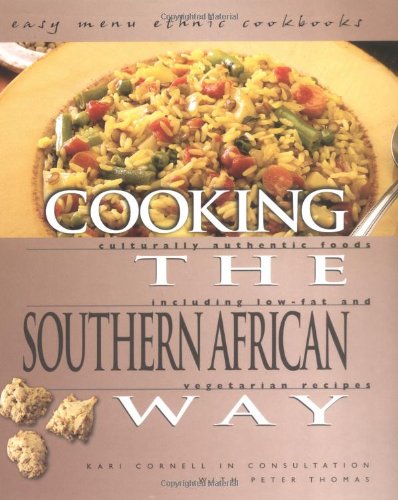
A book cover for Cooking the Southern African Way: Culturally Authentic Foods Including Low-Fat and Vegetarian Recipes (Easy Menu Ethnic Cookbooks); Kari Cornell; Cookbooks, Food & Wine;